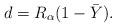
LaTeX: \begin{align*}d = R_\alpha(1 - \bar Y).\end{align*}